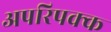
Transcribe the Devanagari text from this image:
अपरिपक्क